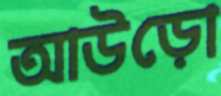
আউড়ো